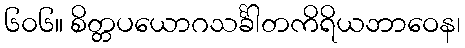
၆၀၆။ စိတ္တပယောဂသင်္ခါတကိရိယဘာဝေန၊